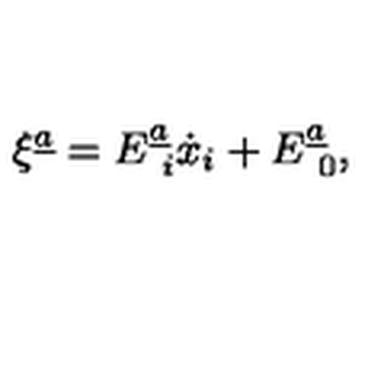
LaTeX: \xi ^ { \underline { { a } } } = E _ { \ i } ^ { \underline { { a } } } \dot { x } _ { i } + E _ { \ 0 } ^ { \underline { { a } } } ,